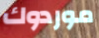
موردوك